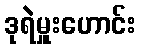
ဒုရဲမှူးဟောင်း